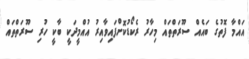
އައްމާ ފޮތުގެ ބައެއް ސޫރަތްތައް މިހާރު ރެކޯޑުކޮށްފައިވާއިރު އުއްމީދަކީ ބާކީ ހުރި ސޫރަތްތައް